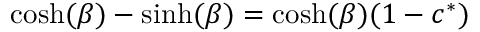
\cosh ( \beta ) - \sinh ( \beta ) = \cosh ( \beta ) ( 1 - c ^ { * } )